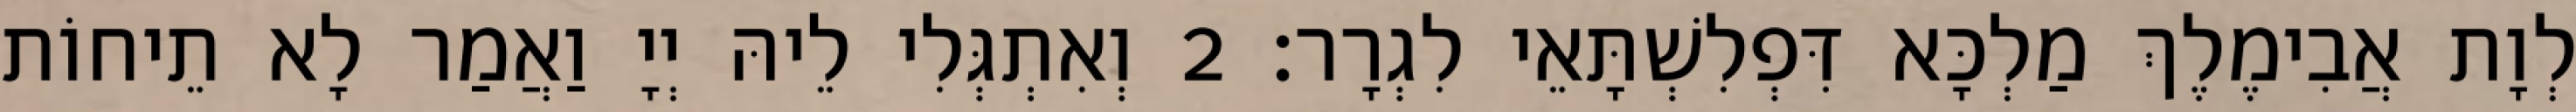
לְוָת אֲבִימֶלֶךְ מַלְכָּא דִּפְלִשְׁתָּאֵי לִגְרָר׃ 2 וְאִתְגְּלִי לֵיהּ יְיָ וַאֲמַר לָא תֵיחוֹת